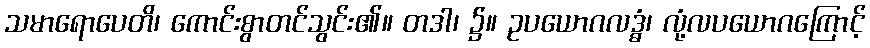
သမာရောပေတိ၊ ကောင်းစွာတင်သွင်း၏။ တဒါ၊ ၌။ ဥပယောဂလဒ္ဓံ၊ လုံ့လပယောဂကြောင့်